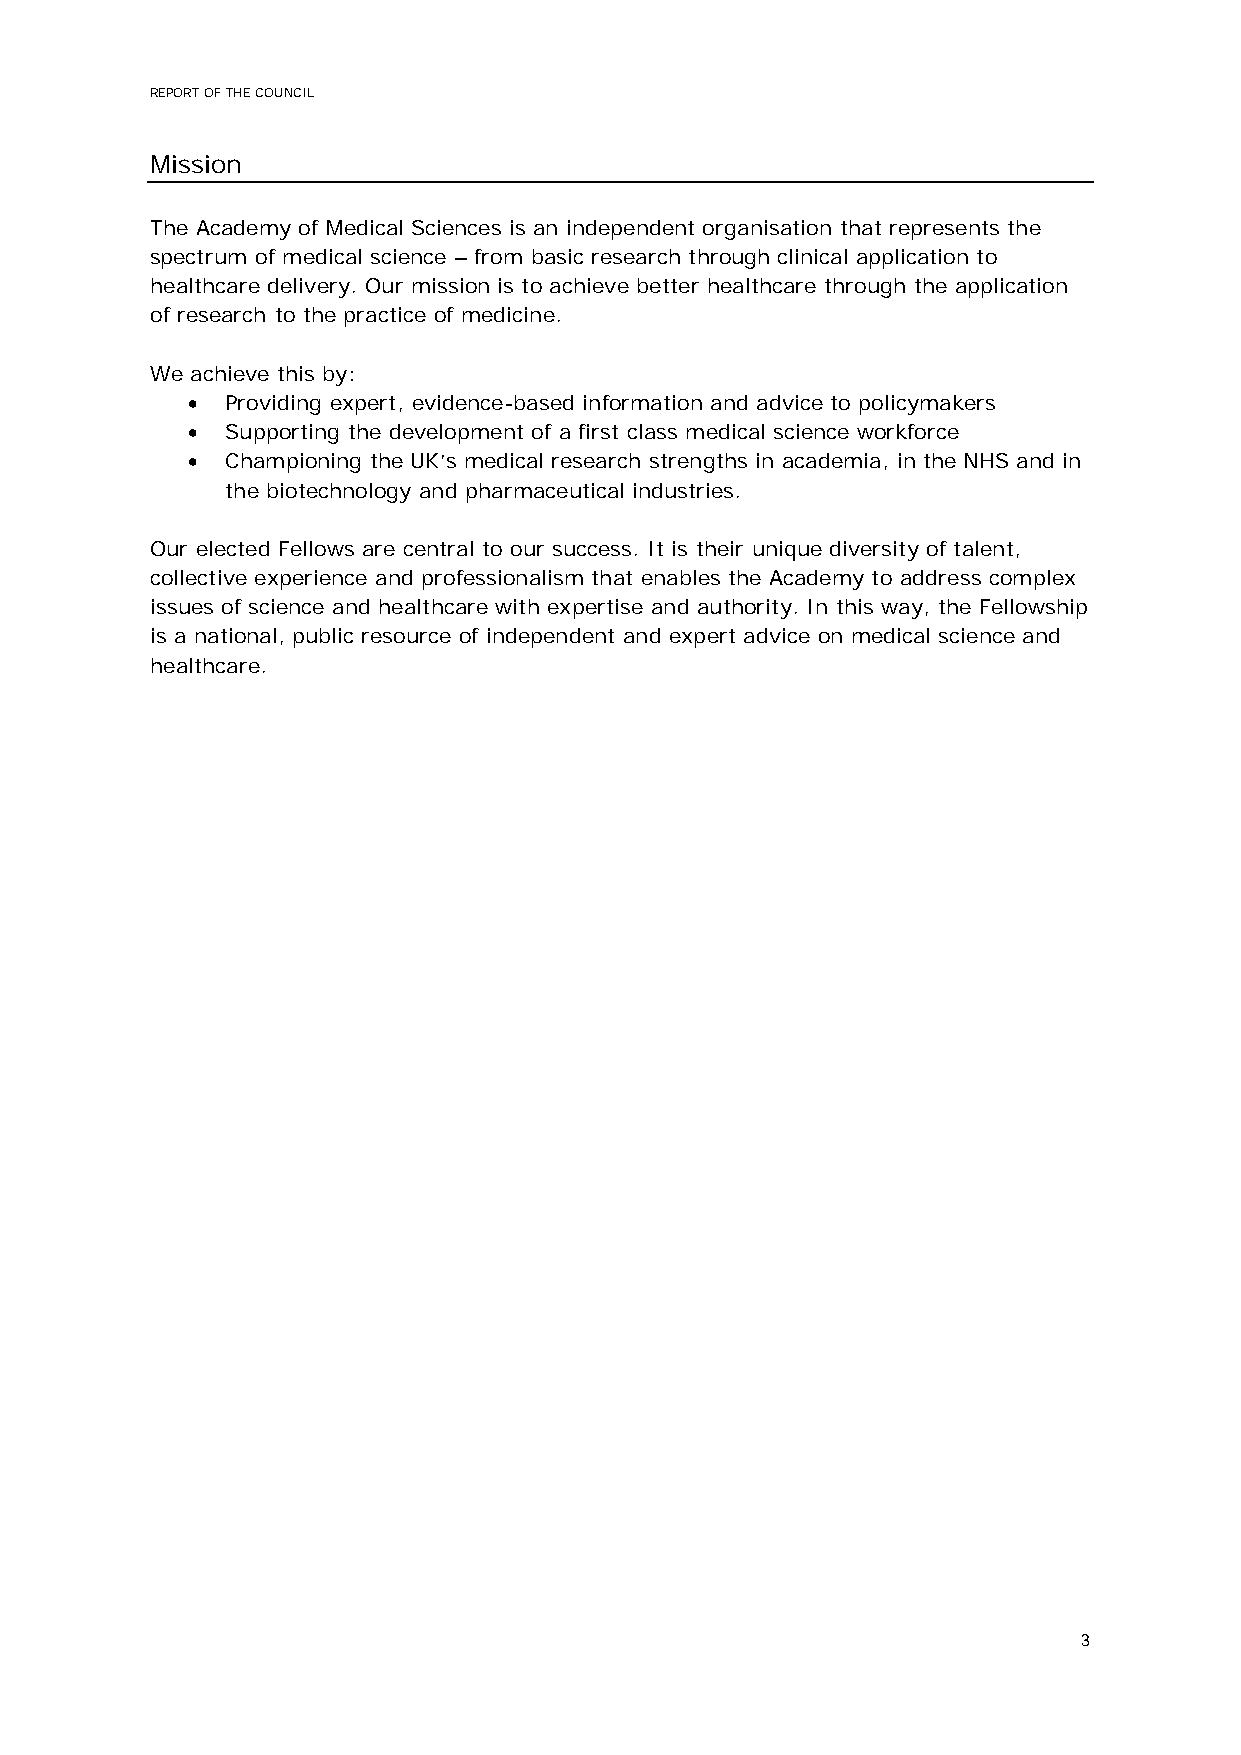
REPORT OF THE COUNCIL
 Mission
 The Academy of Medical Sciences is an independent organisation that represents the
 spectrum of medical science – from basic research through clinical application to
 healthcare delivery. Our mission is to achieve better healthcare through the application
 of research to the practice of medicine.
 We achieve this by:
 •  Providing expert, evidence-based information and advice to policymakers
 •  Supporting the development of a first class medical science workforce
 •  Championing the UK’s medical research strengths in academia, in the NHS and in
 the biotechnology and pharmaceutical industries.
 Our elected Fellows are central to our success. It is their unique diversity of talent,
 collective experience and professionalism that enables the Academy to address complex
 issues of science and healthcare with expertise and authority. In this way, the Fellowship
 is a national, public resource of independent and expert advice on medical science and
 healthcare.
 3